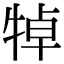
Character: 𤙴